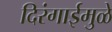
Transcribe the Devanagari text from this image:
दिरंगाईमुळे